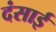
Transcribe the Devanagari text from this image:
दंसाई